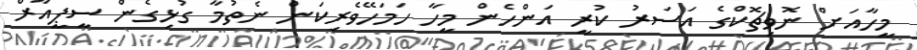
މީހާއަށް ނޮވިޗޮކްގެ އަސަރު ކުރީ އަންހެން މީހާ ހަމަހޭވެރިކަން ނެތުމާ ގުޅިގެން ސީޕީއާރް